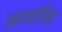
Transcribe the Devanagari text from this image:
आप्यायित